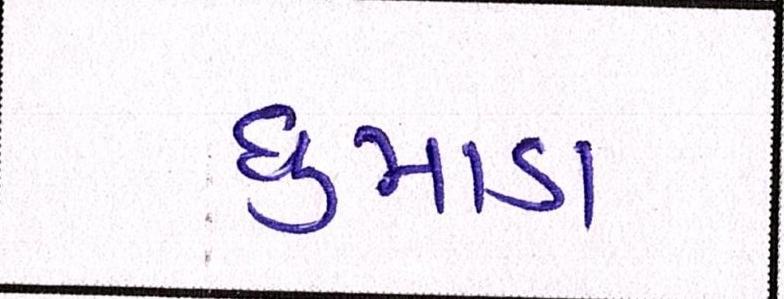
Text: ધુમાડા